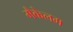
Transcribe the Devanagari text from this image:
मैकेलम